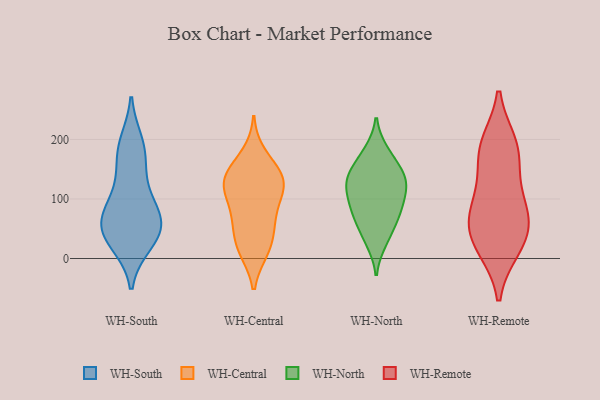
{"axis": {"x": "Headcount", "y": "Value"}, "legend": ["WH-Central", "WH-North", "WH-Remote", "WH-South"], "data": [{"x": "", "y": 26, "type": "WH-South"}, {"x": "", "y": 57, "type": "WH-South"}, {"x": "", "y": 65, "type": "WH-South"}, {"x": "", "y": 77, "type": "WH-South"}, {"x": "", "y": 42, "type": "WH-South"}, {"x": "", "y": 53, "type": "WH-South"}, {"x": "", "y": 93, "type": "WH-South"}, {"x": "", "y": 194, "type": "WH-South"}, {"x": "", "y": 32, "type": "WH-South"}, {"x": "", "y": 164, "type": "WH-South"}, {"x": "", "y": 184, "type": "WH-South"}, {"x": "", "y": 122, "type": "WH-South"}, {"x": "", "y": 73, "type": "WH-Central"}, {"x": "", "y": 106, "type": "WH-Central"}, {"x": "", "y": 124, "type": "WH-Central"}, {"x": "", "y": 174, "type": "WH-Central"}, {"x": "", "y": 65, "type": "WH-Central"}, {"x": "", "y": 121, "type": "WH-Central"}, {"x": "", "y": 14, "type": "WH-Central"}, {"x": "", "y": 14, "type": "WH-Central"}, {"x": "", "y": 134, "type": "WH-Central"}, {"x": "", "y": 120, "type": "WH-Central"}, {"x": "", "y": 58, "type": "WH-Central"}, {"x": "", "y": 141, "type": "WH-Central"}, {"x": "", "y": 27, "type": "WH-Central"}, {"x": "", "y": 148, "type": "WH-Central"}, {"x": "", "y": 117, "type": "WH-North"}, {"x": "", "y": 179, "type": "WH-North"}, {"x": "", "y": 29, "type": "WH-North"}, {"x": "", "y": 73, "type": "WH-North"}, {"x": "", "y": 75, "type": "WH-North"}, {"x": "", "y": 171, "type": "WH-North"}, {"x": "", "y": 142, "type": "WH-North"}, {"x": "", "y": 77, "type": "WH-North"}, {"x": "", "y": 40, "type": "WH-North"}, {"x": "", "y": 119, "type": "WH-North"}, {"x": "", "y": 121, "type": "WH-North"}, {"x": "", "y": 138, "type": "WH-North"}, {"x": "", "y": 92, "type": "WH-North"}, {"x": "", "y": 139, "type": "WH-North"}, {"x": "", "y": 124, "type": "WH-Remote"}, {"x": "", "y": 184, "type": "WH-Remote"}, {"x": "", "y": 19, "type": "WH-Remote"}, {"x": "", "y": 40, "type": "WH-Remote"}, {"x": "", "y": 68, "type": "WH-Remote"}, {"x": "", "y": 191, "type": "WH-Remote"}, {"x": "", "y": 82, "type": "WH-Remote"}, {"x": "", "y": 179, "type": "WH-Remote"}, {"x": "", "y": 74, "type": "WH-Remote"}, {"x": "", "y": 23, "type": "WH-Remote"}]}